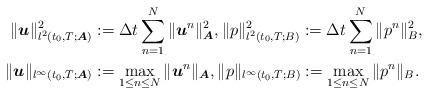
LaTeX: \begin{align*}\|\boldsymbol{u}\|_{l^2(t_0,T;\boldsymbol{A})}^2 &:=\Delta t\sum_{n=1}^N\|\boldsymbol{u}^n\|_{\boldsymbol{A}}^2, \|p\|_{l^2(t_0,T;B)}^2:=\Delta t\sum_{n=1}^N\|p^n\|_B^2, \\\|\boldsymbol{u}\|_{l^\infty(t_0,T;\boldsymbol{A})} &:=\max_{1\le n\le N} \|\boldsymbol{u}^n\|_{\boldsymbol{A}}, \|p\|_{l^\infty(t_0,T;B)}:=\max_{1\le n\le N} \|p^n\|_B.\end{align*}